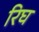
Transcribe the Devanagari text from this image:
रिघ